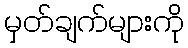
မှတ်ချက်များကို